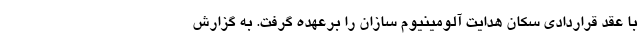
با عقد قراردادی سکان هدایت آلومینیوم سازان را برعهده گرفت. به گزارش